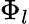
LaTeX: \Phi_{l}